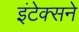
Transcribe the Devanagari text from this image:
इंटेक्सने